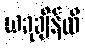
ယခုချိန်ထိ